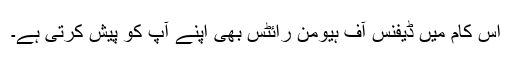
اس کام میں ڈیفنس آف ہیومن رائٹس بھی اپنے آپ کو پیش کرتی ہے۔